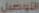
التوصيل